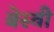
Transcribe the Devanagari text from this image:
बेस्ची